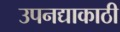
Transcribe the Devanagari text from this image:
उपनद्याकाठी